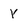
Character: Y